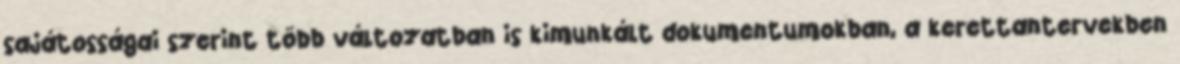
sajátosságai szerint több változatban is kimunkált dokumentumokban, a kerettantervekben